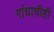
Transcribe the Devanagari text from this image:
गांधाचीही